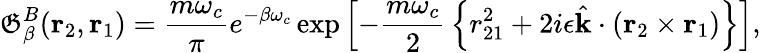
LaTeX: \mathfrak{G}_{\beta}^{B}(\mathrm{{\mathbf{r}}}_{2},\mathrm{{\mathbf{r}}}_{1})={\frac{{m\omega_{c}}}{{\pi}}}e^{-\beta\omega_{c}}\exp\left[-{\frac{{m\omega_{c}}}{{2}}}\left\{ r_{21}^{2}+2i\epsilon\hat{{\mathrm{{\mathbf{k}}}}}\cdot(\mathrm{{\mathbf{r}}}_{2}\times\mathrm{{\mathbf{r}}}_{1})\right\} \right],